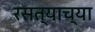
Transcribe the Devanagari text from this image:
रसत्याच्या